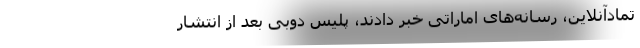
تمادآنلاین، رسانه‌های اماراتی خبر دادند، پلیس دوبی بعد از انتشار